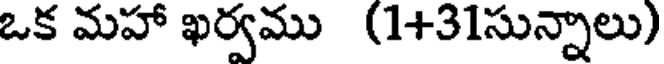
ఒక మహా ఖర్వము (1+31సున్నాలు)